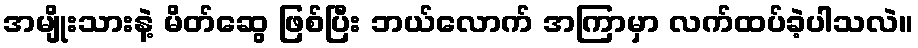
အမျိုးသားနဲ့ မိတ်ဆွေ ဖြစ်ပြီး ဘယ်လောက် အကြာမှာ လက်ထပ်ခဲ့ပါသလဲ။